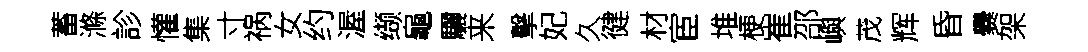
蓄滌診懽集寸祸女约渥缬龜驪来擊妃久徤材宦堆梗崔邵嶼茂辉昏爨架